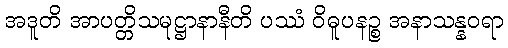
အဒူတိ အာပတ္တိသမုဋ္ဌာနာနီတိ ပဿံ ဝိဓူပနဉ္စ အနာသန္နဝရာ